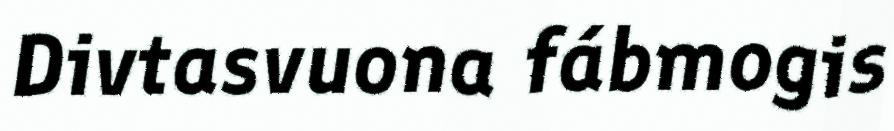
Divtasvuona fábmogis